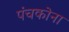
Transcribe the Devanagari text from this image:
पंचकोना